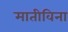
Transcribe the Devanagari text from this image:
मातीविना